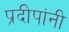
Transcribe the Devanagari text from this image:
प्रदीपांनी